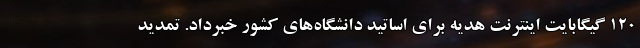
۱۲۰ گیگابایت اینترنت هدیه برای اساتید دانشگاه‌های کشور خبرداد. تمدید